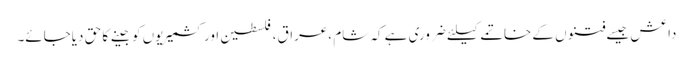
داعش جیسے فتنوں کے خاتمے کیلئے ضروری ہے کہ شام ،عراق،فلسطین اور کشمیریوں کو جینے کا حق دیاجائے۔